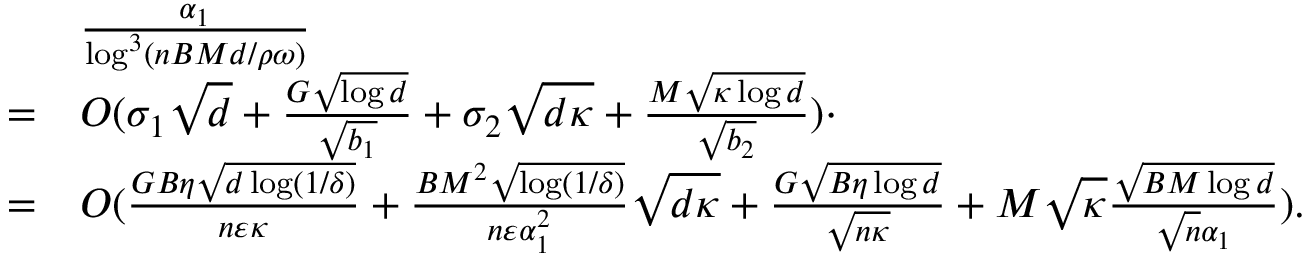
\begin{array} { r l } & { \frac { \alpha _ { 1 } } { \log ^ { 3 } ( n B M d / \rho \omega ) } } \\ { = } & { O ( \sigma _ { 1 } \sqrt { d } + \frac { G \sqrt { \log d } } { \sqrt { b _ { 1 } } } + \sigma _ { 2 } \sqrt { d \kappa } + \frac { M \sqrt { \kappa \log d } } { \sqrt { b _ { 2 } } } ) \cdot } \\ { = } & { O ( \frac { G B \eta \sqrt { d \log ( 1 / \delta ) } } { n \varepsilon \kappa } + \frac { B M ^ { 2 } \sqrt { \log ( 1 / \delta ) } } { n \varepsilon \alpha _ { 1 } ^ { 2 } } \sqrt { d \kappa } + \frac { G \sqrt { B \eta \log d } } { \sqrt { n \kappa } } + M \sqrt { \kappa } \frac { \sqrt { B M \log d } } { \sqrt { n } \alpha _ { 1 } } ) . } \end{array}